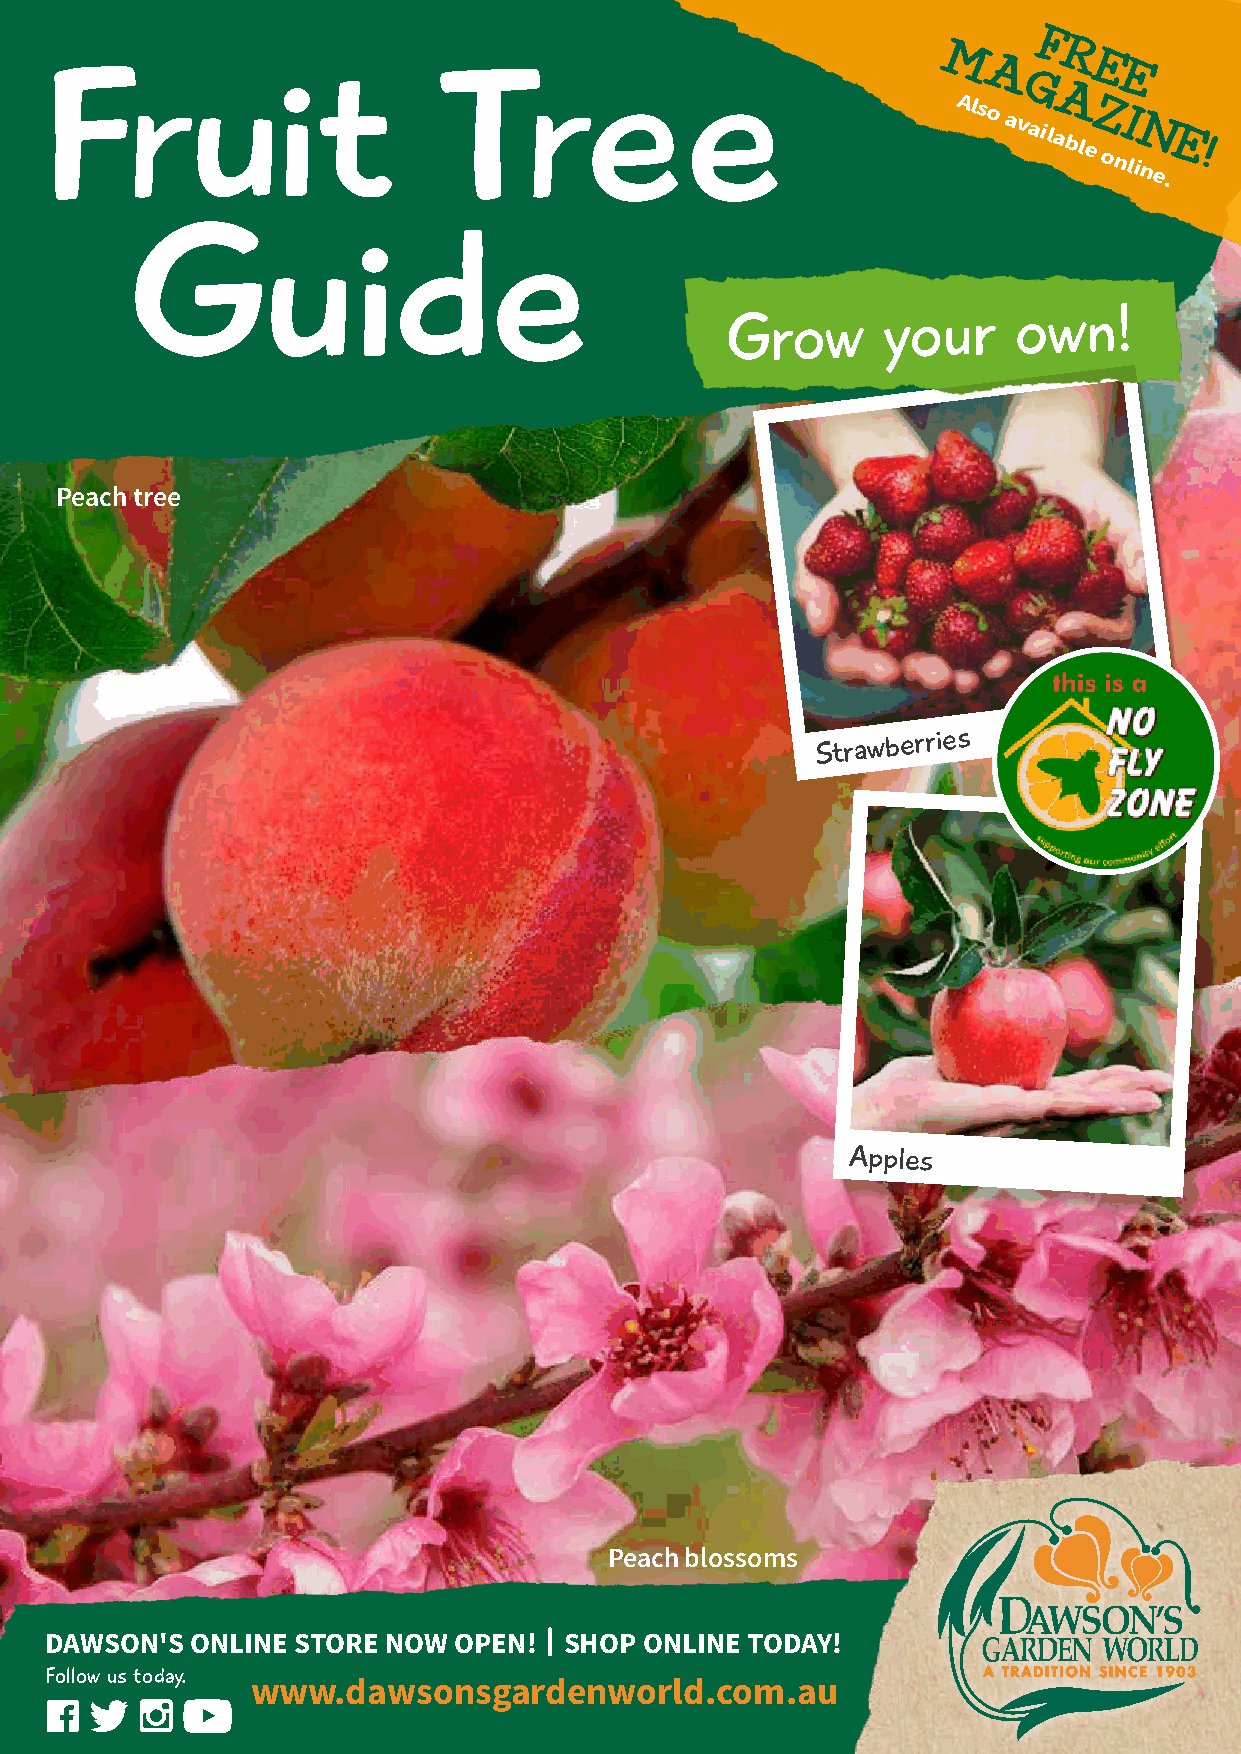
F
 M       R
 E
 A        E
 Fruit                     Tree                                  G
 A
 Also availableZ onI
 liN
 ne.E!
 Guide
 Grow      your     own!
 Peach tree
 Strawberries
 Apples
 Peach blossoms
 DAWSON'S  ONLINE STORE NOW OPEN!  SHOP  ONLINE TODAY!
 Follow us today.
 www.dawsonsgardenworld.com.au